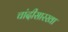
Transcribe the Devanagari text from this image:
चांदीसारखा